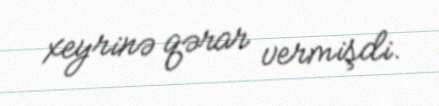
xeyrinə qərar vermişdi.